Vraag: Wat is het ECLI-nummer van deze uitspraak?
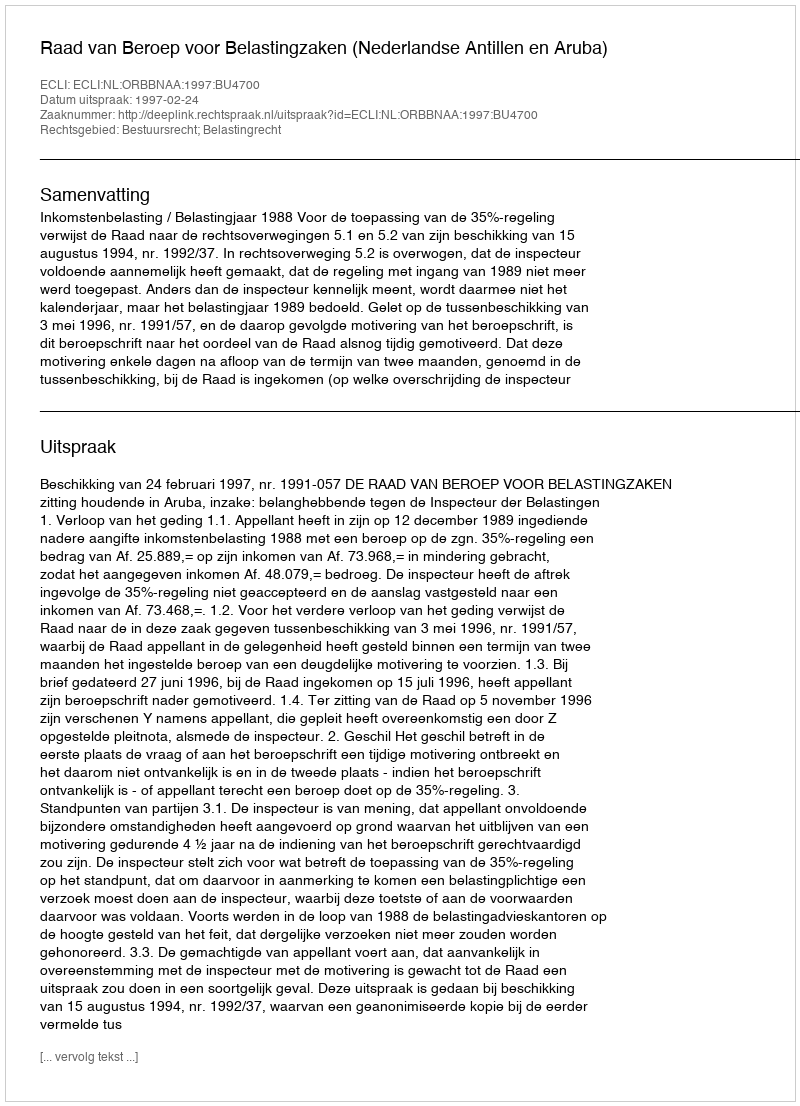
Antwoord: ECLI:NL:ORBBNAA:1997:BU4700